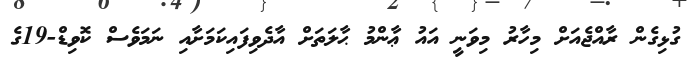
ގުޅިގެން ރާއްޖެއަށް މިހާރު މިވަނީ އައު ޢާންމު ޙާލަތަށް އާދެވިފައިކަމަށާއި ނަމަވެސް ކޮވިޑް-19ގެ